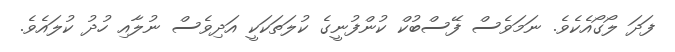
ފަދަ ލޯގޯއެކެވެ. ނަމަވެސް ފޭސްބުކް ކުންފުނީގެ ކުލަތަކަކީ އަދިވެސް ނުލާއި ހުދު ކުލައެވެ.